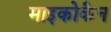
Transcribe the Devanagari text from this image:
माइकोकैन